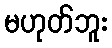
မဟုတ်ဘူး